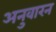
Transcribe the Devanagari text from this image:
अनुवारन